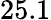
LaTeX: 25.1